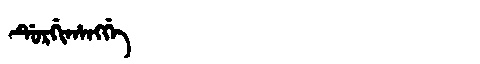
Manchu: ᡩᡠᡵᡤᡳᡥᠠᠩᡤᡝ
Romanization: DURGIHANGGE